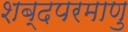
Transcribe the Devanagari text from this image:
शब्दपरमाणु